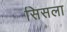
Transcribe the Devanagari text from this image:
सिसला